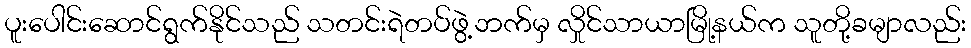
ပူးပေါင်းဆောင်ရွက်နိုင်သည် သတင်းရဲတပ်ဖွဲ့ဘက်မှ လှိုင်သာယာမြို့နယ်က သူတို့ခမျာလည်း